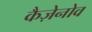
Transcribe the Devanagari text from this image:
कैज़ेनोव